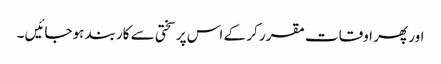
اور پھر اوقات مقرر کر کے اس پر سختی سے کاربند ہوجائیں ۔